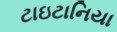
ટાઇટાનિયા